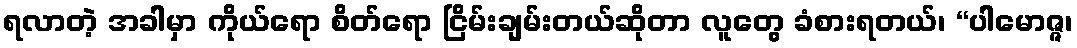
ရလာတဲ့ အခါမှာ ကိုယ်ရော စိတ်ရော ငြိမ်းချမ်းတယ်ဆိုတာ လူတွေ ခံစားရတယ်၊ “ပါမောဇ္ဇ၊